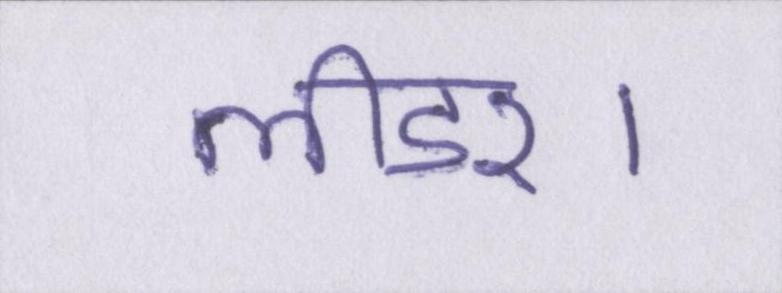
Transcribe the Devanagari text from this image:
लीडर।